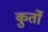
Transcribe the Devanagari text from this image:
कुर्तो